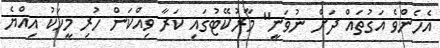
އެހެންވެ އަގުތައް ދަށް ނުވަނީ" މާރުކޭޓުގައި ކަރާ ވިއްކަން ހުރި މީހަކު އިއްޔެ